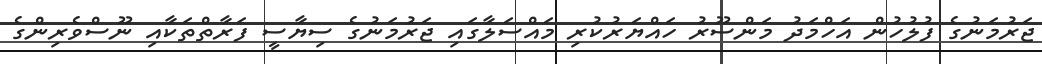
ޖަރުމަނުގެ ފުލުހުން އަހްމަދު މަންސޫރު ހައްޔަރުކުރި މައްސަލާގައި ޖަރުމަނުގެ ސިޔާސީ ފަރާތްތަކާއި ނޫސްވެރިންގެ